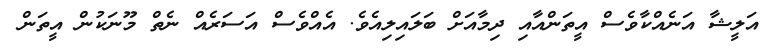
އަލީޝާ އަނެއްކާވެސް އީތަންއާއި ދިމާއަށް ބަލައިލިއެވެ. އެއްވެސް އަސަރެއް ނެތް މޫނަކުން އީތަން